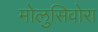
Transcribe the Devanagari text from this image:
मोलुसिवोरा